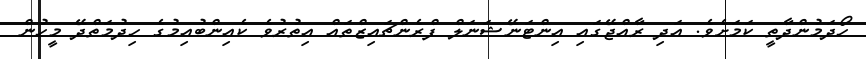
ހޯދަމުންދާތީ ކަމަށެވެ. އަދި ރާއްޖޭގައި އިންޓަނޭޝަނަލް ފްރެންޗައިޒްތައް އިތުރުވެ ކެއިންބުއިމުގެ ހިދުމަތްދޭ މީހުން